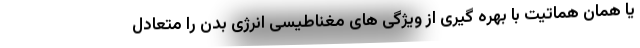
یا همان هماتیت با بهره گیری از ویژگی های مغناطیسی انرژی بدن را متعادل